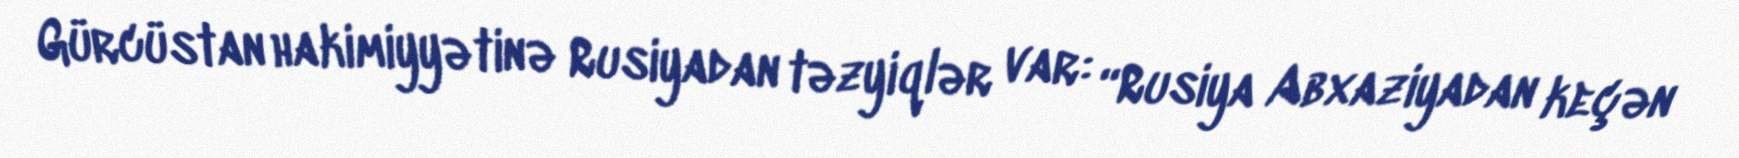
Gürcüstan hakimiyyətinə Rusiyadan təzyiqlər var: “Rusiya Abxaziyadan keçən